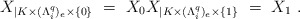
\begin{align*}X_{|K\times (\Lambda^q_i)_e \times \{0\}}~=~X_0X_{|K\times (\Lambda^q_i)_e \times \{1\}}~ = ~X_1~.\end{align*}